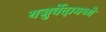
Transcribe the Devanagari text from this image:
यजुर्वेदामध्ये